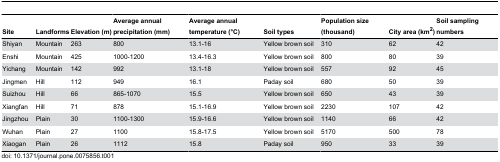
<table><thead><tr><td><b>Site</b></td><td><b>Landforms</b></td><td><b>Elevation (m)</b></td><td><b>Average annual precipitation (mm)</b></td><td><b>Average annual temperature (°C)</b></td><td><b>Soil types</b></td><td><b>Population size (thousand)</b></td><td><b>City area (km<sup>2</sup>)</b></td><td><b>Soil sampling numbers</b></td></tr></thead><tbody><tr><td>Shiyan</td><td>Mountain</td><td>263</td><td>800</td><td>13.1-16</td><td>Yellow brown soil</td><td>310</td><td>62</td><td>42</td></tr><tr><td>Enshi</td><td>Mountain</td><td>425</td><td>1000-1200</td><td>13.4-16.3</td><td>Yellow brown soil</td><td>800</td><td>80</td><td>39</td></tr><tr><td>Yichang</td><td>Mountain</td><td>142</td><td>992</td><td>13.1-18</td><td>Yellow brown soil</td><td>557</td><td>92</td><td>45</td></tr><tr><td>Jingmen</td><td>Hill</td><td>112</td><td>949</td><td>16.1</td><td>Paday soil</td><td>680</td><td>50</td><td>39</td></tr><tr><td>Suizhou</td><td>Hill</td><td>66</td><td>865-1070</td><td>15.5</td><td>Yellow brown soil</td><td>650</td><td>43</td><td>39</td></tr><tr><td>Xiangfan</td><td>Hill</td><td>71</td><td>878</td><td>15.1-16.9</td><td>Yellow brown soil</td><td>2230</td><td>107</td><td>42</td></tr><tr><td>Jingzhou</td><td>Plain</td><td>30</td><td>1100-1300</td><td>15.9-16.6</td><td>Yellow brown soil</td><td>1140</td><td>66</td><td>42</td></tr><tr><td>Wuhan</td><td>Plain</td><td>27</td><td>1100</td><td>15.8-17.5</td><td>Yellow brown soil</td><td>5170</td><td>500</td><td>78</td></tr><tr><td>Xiaogan</td><td>Plain</td><td>26</td><td>1112</td><td>15.8</td><td>Paday soil</td><td>950</td><td>33</td><td>39</td></tr></tbody></table>